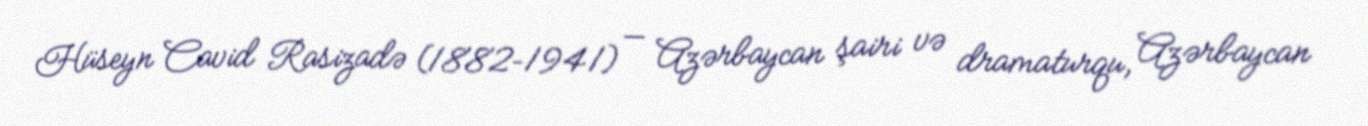
Hüseyn Cavid Rasizadə (1882–1941) — Azərbaycan şairi və dramaturqu, Azərbaycan